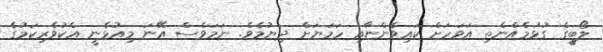
ލޯބީގެ ގުޅުމެއްނެތި އަވަހަށް ކައިވެންޏާއި ހަމަޔަށް ދިޔުމެވެ. ނަމަވެސް އޭނަ މިއުޅެނީ އެކުވެރިކަމުގެ